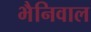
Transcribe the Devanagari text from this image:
भैनिवाल